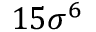
1 5 \sigma ^ { 6 }